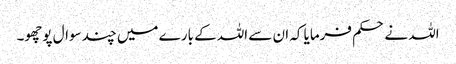
اللہ نے حکم فرمایا کہ ان سے اللہ کے بارے میں چند سوال پوچھو۔